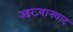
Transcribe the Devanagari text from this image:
आख्यानवाद